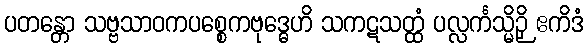
ပတန္တော သဗ္ဗသာဝကပစ္စေကဗုဒ္ဓေဟိ သကဋသတ္ထံ ပလ္လင်္ကသ္မိဉှိ ဧကိဒံ